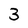
Character: 3